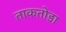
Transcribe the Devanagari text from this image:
ताकतोडा